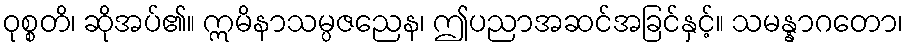
ဝုစ္စတိ၊ ဆိုအပ်၏။ ဣမိနာသမ္ပဇညေန၊ ဤပညာအဆင်အခြင်နှင့်။ သမန္နာဂတော၊